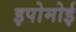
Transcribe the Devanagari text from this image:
इपोमोई